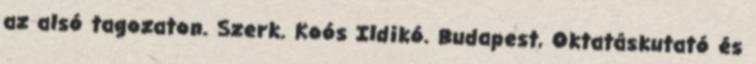
az alsó tagozaton. Szerk. Koós Ildikó. Budapest, Oktatáskutató és